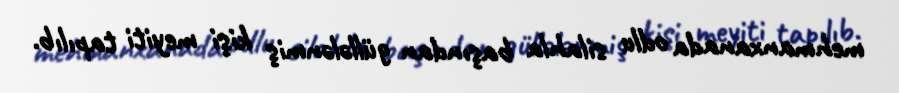
mehmanxanada odlu silahla başından güllələnmiş kişi meyiti tapılıb.